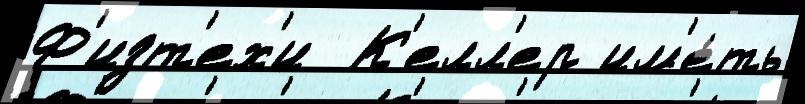
Ф'изт'ех'и  К'елл'ер им'е́ть